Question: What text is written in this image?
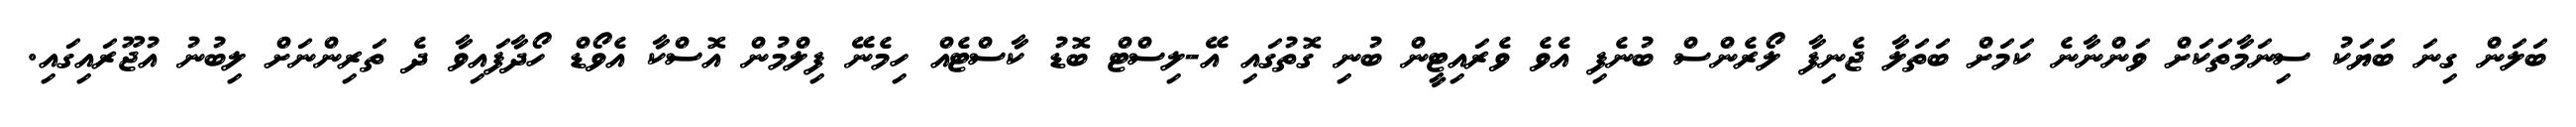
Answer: ބަލަން ގިނަ ބަޔަކު ސިނަމާތަކަށް ވަންނާނެ ކަމަށް ބަތަލާ ޖެނިފާ ލޯރެންސް ބުނެފި އެވެ ވެރައިޓީން ބުނި ގޮތުގައި އޭ-ލިސްޓް ބޮޑު ކާސްޓެއް ހިމެނޭ ފިލްމުން އޮސްކާ އެވޯޑް ހޯދާފައިވާ ދެ ތަރިންނަށް ލިބުނު އުޖޫރައިގައި.